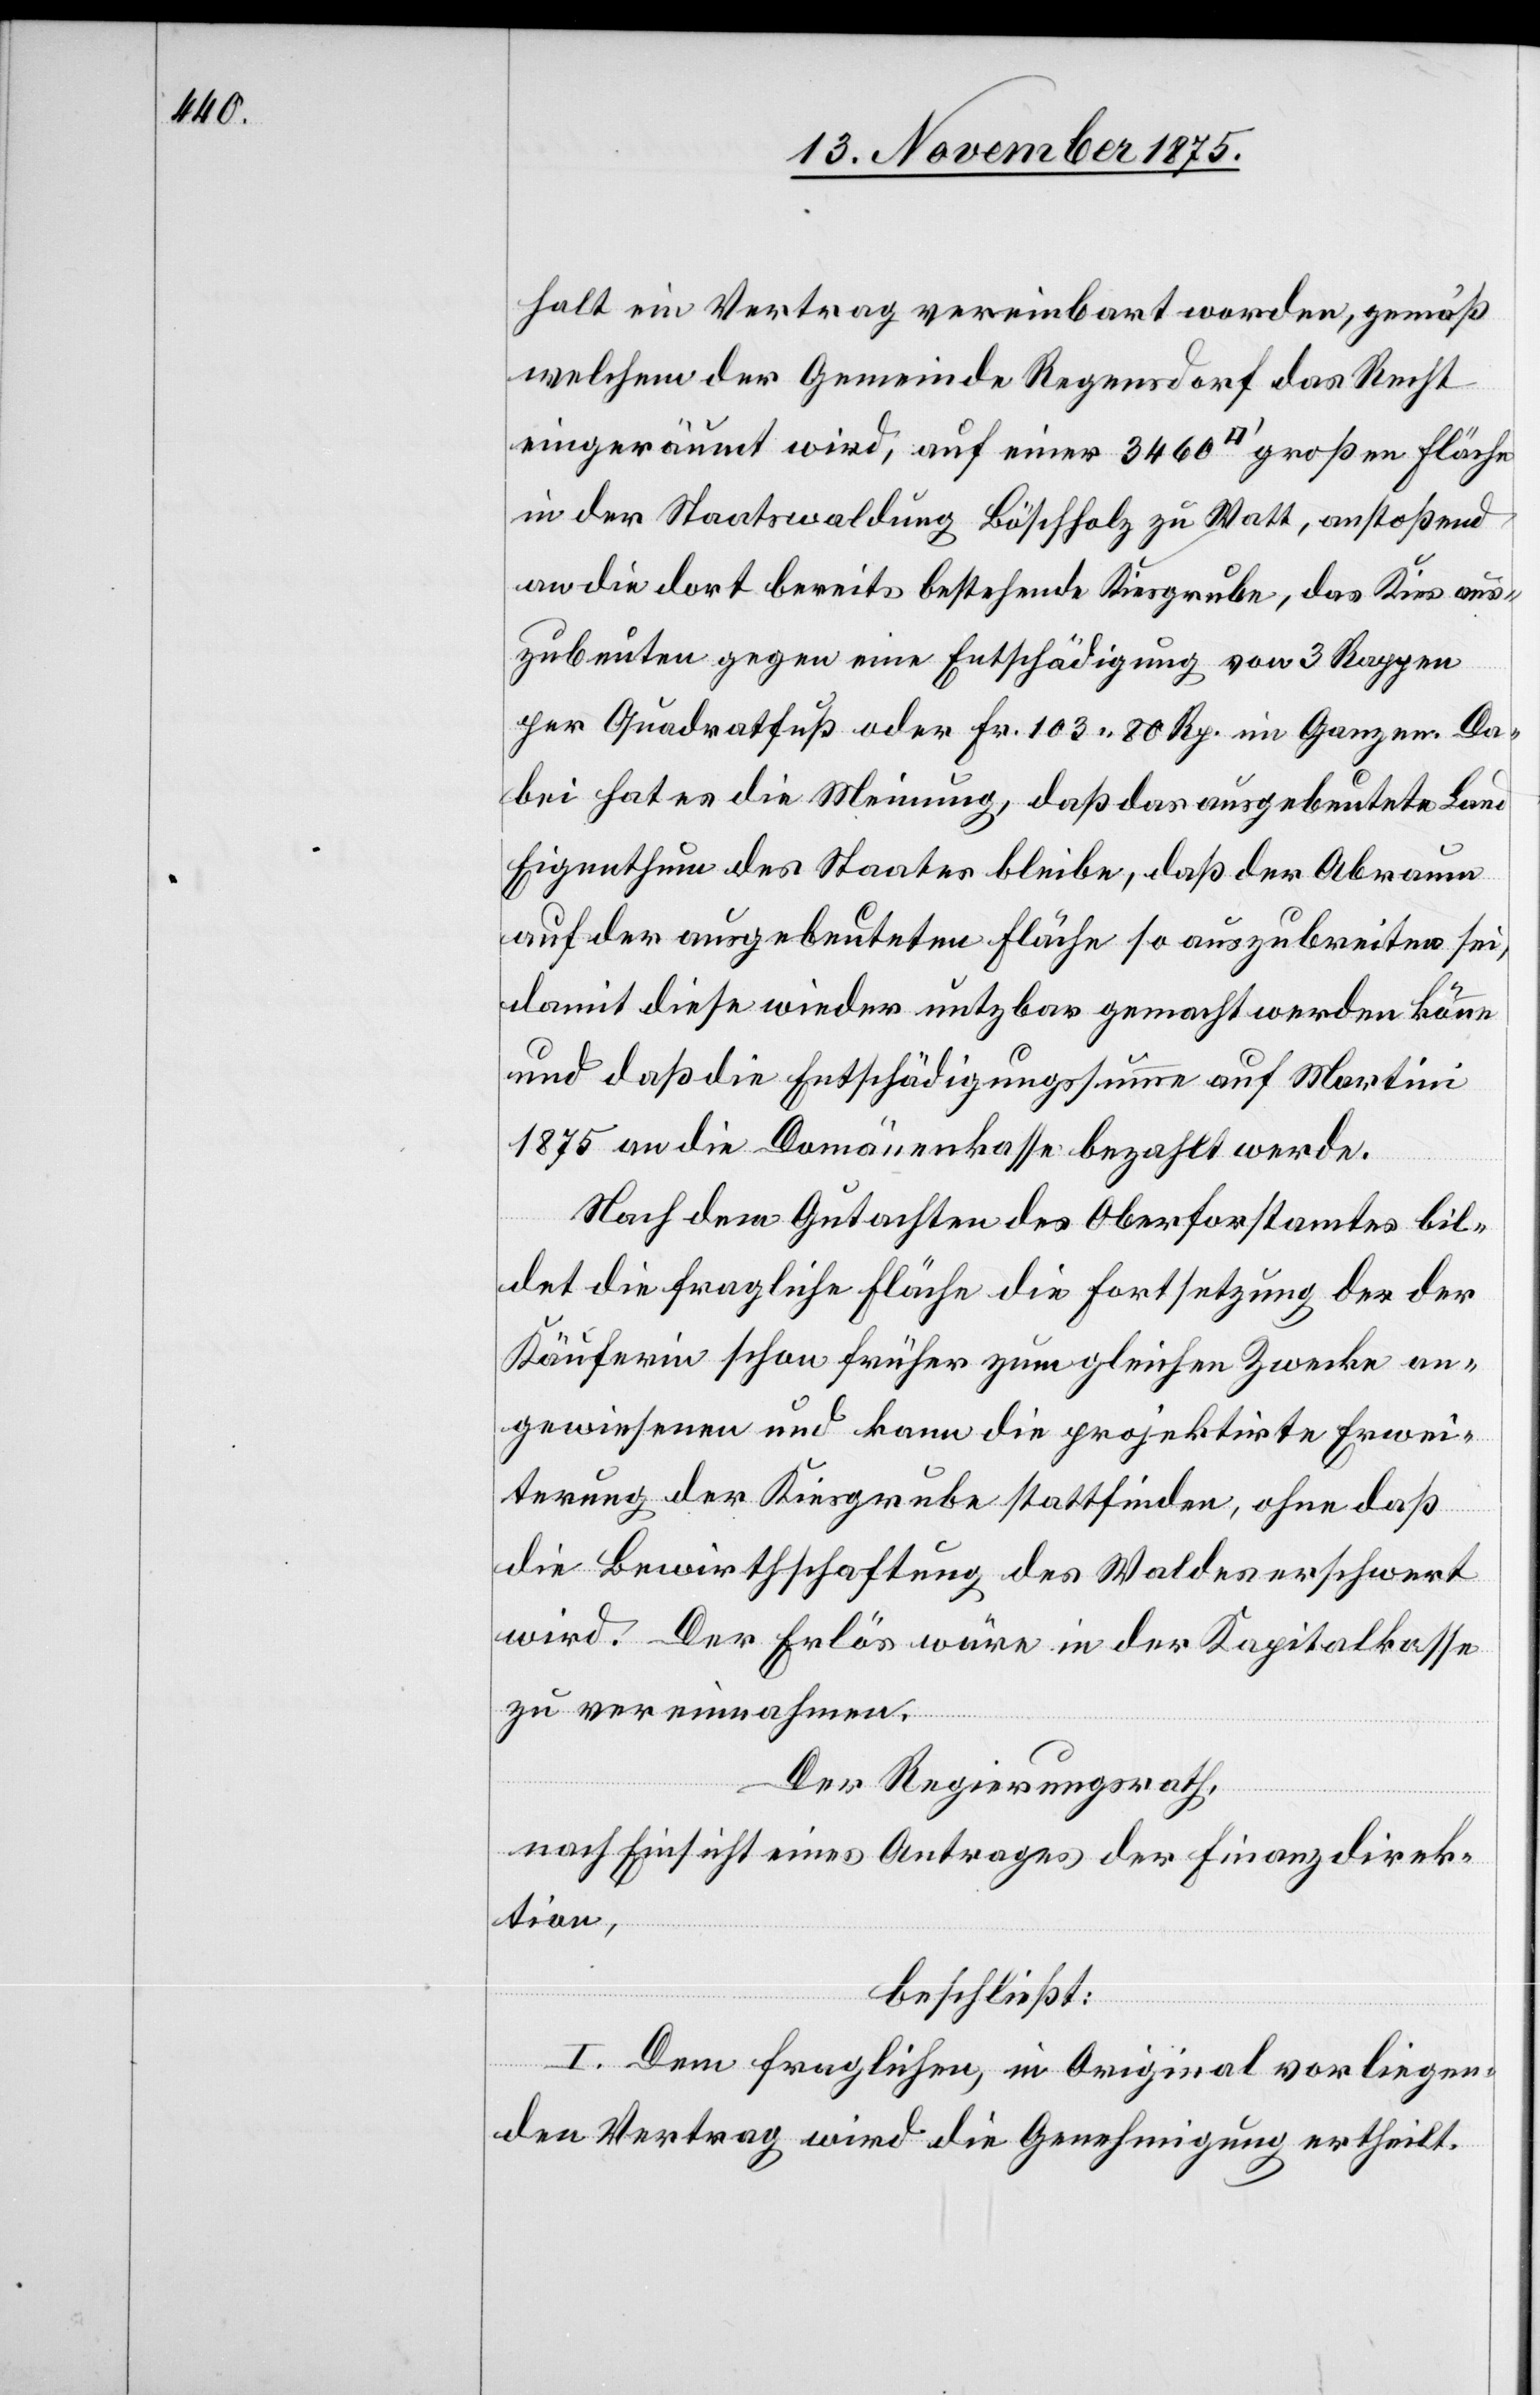
halt ein Vertrag vereinbart worden, gemäß
welchem der Gemeinde Regensdorf das Recht
eingeräumt wird, auf einer 3460 [Quadratfuß] großen Fläche
in der Staatswaldung Böschholz zu Watt, anstoßend
an die dort bereits bestehende Kiesgrube, das Kies aus¬
zubeuten gegen eine Entschädigung von 3 Rappen
per Quadratfuß oder Fr. 103 80 Rp. im Ganzen. Da¬
bei hat es die Meinung, daß das ausgebeutete Land
Eigenthum des Staates bleibe, daß der Abraum
auf der ausgebeuteten Fläche so auszubreiten sei,
damit diese wieder nutzbar gemacht werden könne
und daß die Entschädigungssumme auf Martini
1875 an die Domänenkasse bezahlt werde.
Nach dem Gutachten des Oberforstamtes bil¬
det die fragliche Fläche die Fortsetzung der der
Käuferin schon früher zum gleichen Zwecke an¬
gewiesenen und kann die projektirte Erwei¬
terung der Kiesgrube stattfinden, ohne daß
die Bewirthschaftung des Waldes erschwert
wird. Der Erlös wäre in der Kapitalkasse
zu vereinnahmen.
Der Regierungsrath,
nach Einsicht eines Antrages der Finanzdirek¬
tion,
beschließt:
I. Dem fraglichen, im Original vorliegen¬
den Vertrag wird die Genehmigung ertheilt.